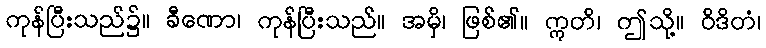
ကုန်ပြီးသည်၌။ ခီဏော၊ ကုန်ပြီးသည်။ အမှိ၊ ဖြစ်၏။ ဣတိ၊ ဤသို့။ ဝိဒိတံ၊